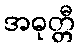
အဓုတ္တီ